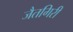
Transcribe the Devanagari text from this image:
जैतगिरी